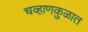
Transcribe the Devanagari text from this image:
चव्हाणकुळात